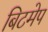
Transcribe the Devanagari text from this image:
बिटमेप